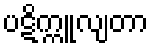
ပဋိက္ကူလျတာ